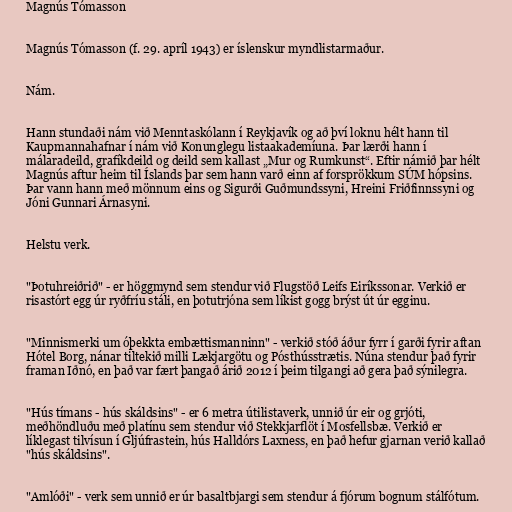
Magnús Tómasson

Magnús Tómasson (f. 29. apríl 1943) er íslenskur myndlistarmaður.

Nám.

Hann stundaði nám við Menntaskólann í Reykjavík og að því loknu hélt hann til
Kaupmannahafnar í nám við Konunglegu listaakademíuna. Þar lærði hann í
málaradeild, grafíkdeild og deild sem kallast „Mur og Rumkunst“. Eftir námið þar hélt
Magnús aftur heim til Íslands þar sem hann varð einn af forsprökkum SÚM hópsins.
Þar vann hann með mönnum eins og Sigurði Guðmundssyni, Hreini Friðfinnssyni og
Jóni Gunnari Árnasyni.

Helstu verk.

"Þotuhreiðrið" - er höggmynd sem stendur við Flugstöð Leifs Eiríkssonar. Verkið er
risastórt egg úr ryðfríu stáli, en þotutrjóna sem líkist gogg brýst út úr egginu.

"Minnismerki um óþekkta embættismanninn" - verkið stóð áður fyrr í garði fyrir aftan
Hótel Borg, nánar tiltekið milli Lækjargötu og Pósthússtrætis. Núna stendur það fyrir
framan Iðnó, en það var fært þangað árið 2012 í þeim tilgangi að gera það sýnilegra.

"Hús tímans - hús skáldsins" - er 6 metra útilistaverk, unnið úr eir og grjóti,
meðhöndluðu með platínu sem stendur við Stekkjarflöt í Mosfellsbæ. Verkið er
líklegast tilvísun í Gljúfrastein, hús Halldórs Laxness, en það hefur gjarnan verið kallað
"hús skáldsins".

"Amlóði" - verk sem unnið er úr basaltbjargi sem stendur á fjórum bognum stálfótum.